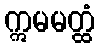
ဣမမတ္ထံ